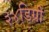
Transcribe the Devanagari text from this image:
३४डिग्री